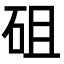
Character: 砠